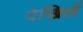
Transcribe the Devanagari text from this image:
देखिलें